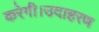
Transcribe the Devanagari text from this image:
करेगी।उदाहरण